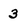
Character: 3